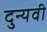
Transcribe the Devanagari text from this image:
दुन्यवी